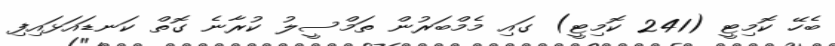
ބެހޭ ކޮމިޓީ (241 ކޮމިޓީ) ގައި މެމްބަރުން ތަމްސީލު ކުރާނެ ގޮތް ކަނޑައަޅައިފި